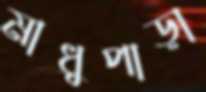
মাধুপাড়া